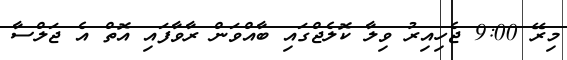
މިރޭ 9:00 ޖެހިއިރު ވިލާ ކޮލެޖްގައި ބާއްވަން ރާވާފައި އޮތް އެ ޖަލްސާ